Problem: 28 + 6 = ?
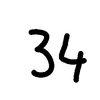
Handwritten answer: 34